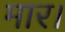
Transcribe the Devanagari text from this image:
मार।